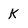
Character: K